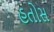
હતોસ